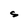
Character: S